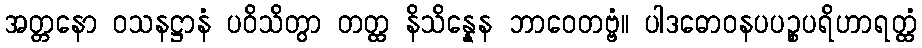
အတ္တနော ဝသနဋ္ဌာနံ ပဝိသိတွာ တတ္ထ နိသိန္နေန ဘာဝေတဗ္ဗံ။ ပါဒဓောဝနပပဉ္စပရိဟာရတ္ထံ